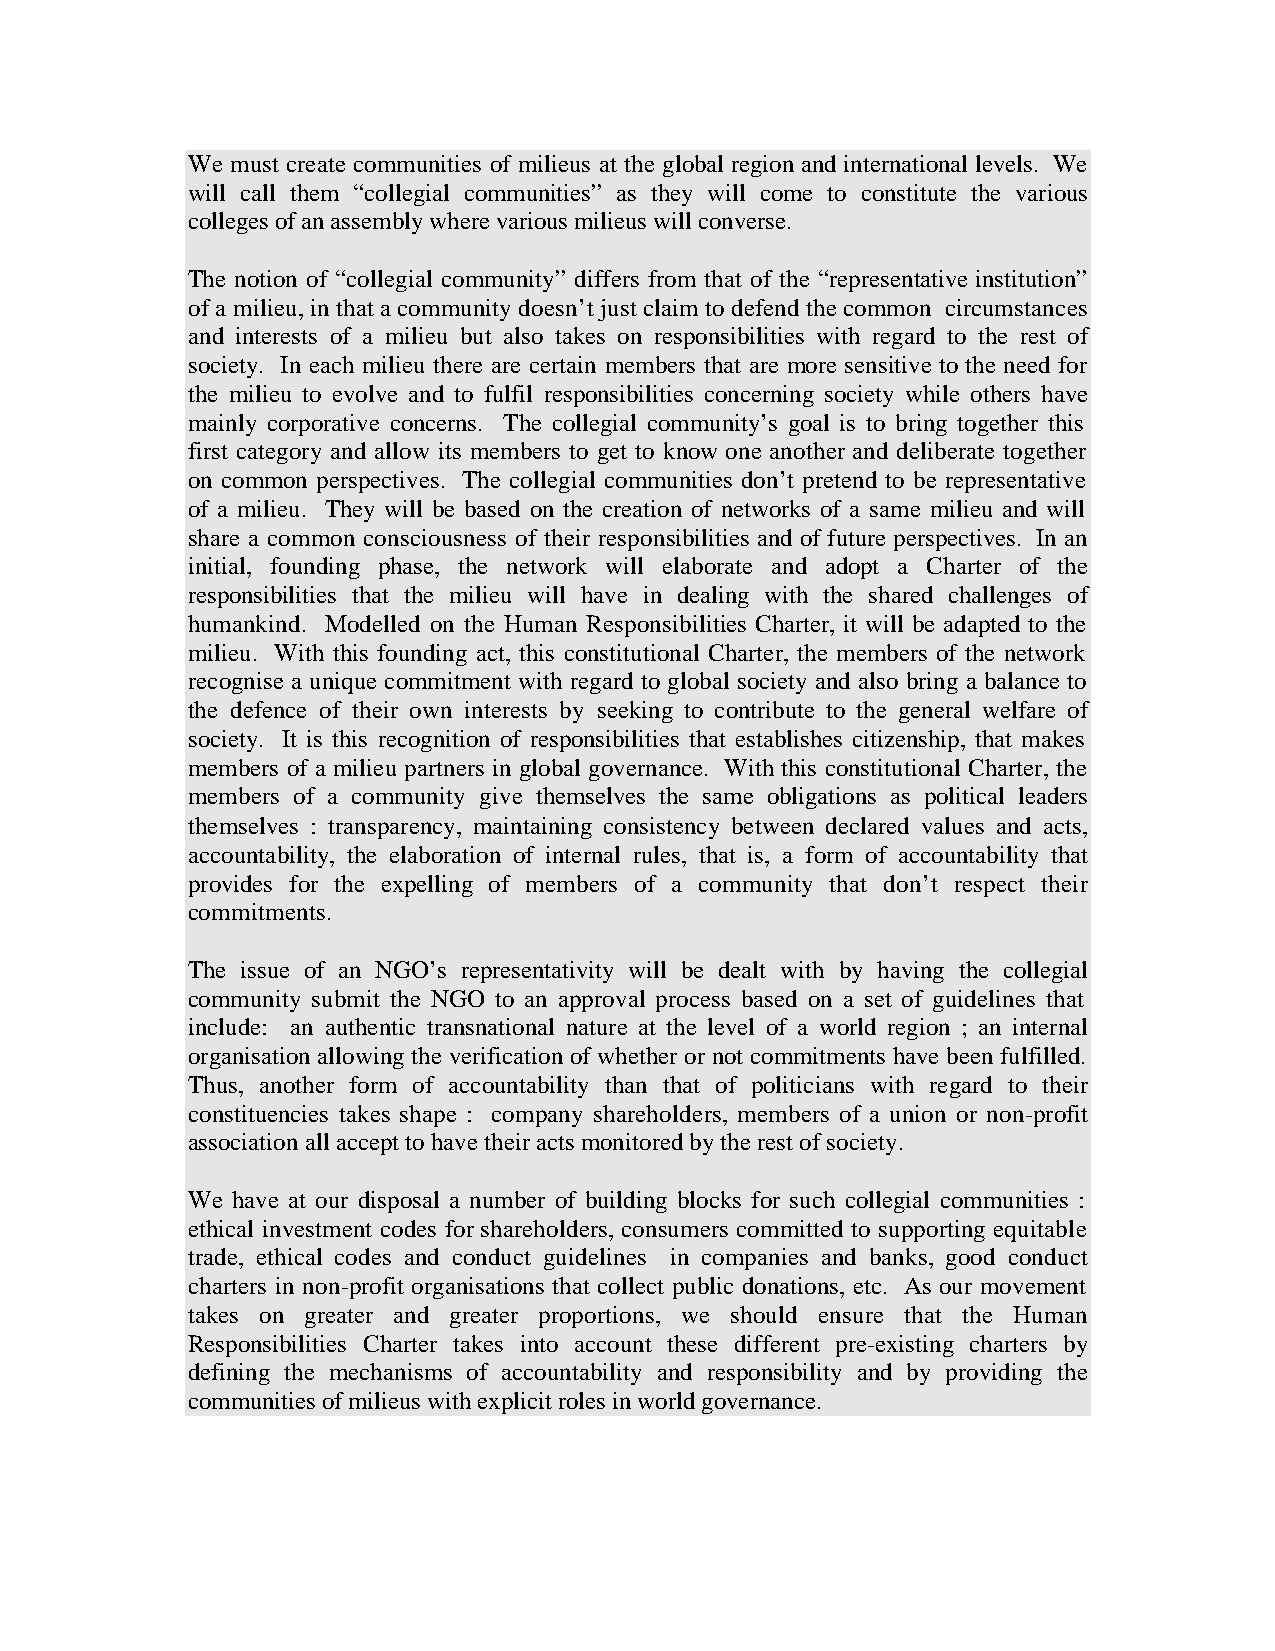
We must create communities of milieus at the global region and international levels. We
 will call them “collegial communities” as they will come to constitute the various
 colleges of an assembly where various milieus will converse.
 The notion of “collegial community” differs from that of the “representative institution”
 of a milieu, in that a community doesn’t just claim to defend the common circumstances
 and interests of a milieu but also takes on responsibilities with regard to the rest of
 society. In each milieu there are certain members that are more sensitive to the need for
 the milieu to evolve and to fulfil responsibilities concerning society while others have
 mainly corporative concerns. The collegial community’s goal is to bring together this
 first category and allow its members to get to know one another and deliberate together
 on common perspectives. The collegial communities don’t pretend to be representative
 of a milieu. They will be based on the creation of networks of a same milieu and will
 share a common consciousness of their responsibilities and of future perspectives. In an
 initial, founding phase, the network will elaborate and adopt a Charter of the
 responsibilities that the milieu will have in dealing with the shared challenges of
 humankind. Modelled on the Human Responsibilities Charter, it will be adapted to the
 milieu. With this founding act, this constitutional Charter, the members of the network
 recognise a unique commitment with regard to global society and also bring a balance to
 the defence of their own interests by seeking to contribute to the general welfare of
 society. It is this recognition of responsibilities that establishes citizenship, that makes
 members of a milieu partners in global governance. With this constitutional Charter, the
 members of a community give themselves the same obligations as political leaders
 themselves : transparency, maintaining consistency between declared values and acts,
 accountability, the elaboration of internal rules, that is, a form of accountability that
 provides for the expelling of members of a community that don’t respect their
 commitments.
 The issue of an NGO’s representativity will be dealt with by having the collegial
 community submit the NGO to an approval process based on a set of guidelines that
 include: an authentic transnational nature at the level of a world region ; an internal
 organisation allowing the verification of whether or not commitments have been fulfilled.
 Thus, another form of accountability than that of politicians with regard to their
 constituencies takes shape : company shareholders, members of a union or non-profit
 association all accept to have their acts monitored by the rest of society.
 We have at our disposal a number of building blocks for such collegial communities :
 ethical investment codes for shareholders, consumers committed to supporting equitable
 trade, ethical codes and conduct guidelines in companies and banks, good conduct
 charters in non-profit organisations that collect public donations, etc. As our movement
 takes on greater and greater proportions, we should ensure that the Human
 Responsibilities Charter takes into account these different pre-existing charters by
 defining the mechanisms of accountability and responsibility and by providing the
 communities of milieus with explicit roles in world governance.